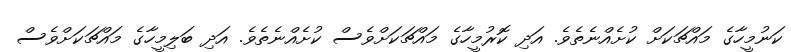
ކަނުމީހާގެ މައްޗަކަށް ކުށެއްނެތެވެ. އަދި ކޮރުމީހާގެ މައްޗަކަށްވެސް ކުށެއްނެތެވެ. އަދި ބަލިމީހާގެ މައްޗަކަށްވެސް